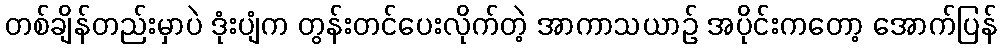
တစ်ချိန်တည်းမှာပဲ ဒုံးပျံက တွန်းတင်ပေးလိုက်တဲ့ အာကာသယာဉ် အပိုင်းကတော့ အောက်ပြန်